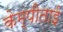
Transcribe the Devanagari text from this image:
केम्पीताई